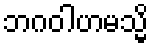
ဘဂဝါဟမသ္မိ